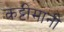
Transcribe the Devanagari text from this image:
कट्टीमानी